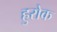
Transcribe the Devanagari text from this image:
हुरोक